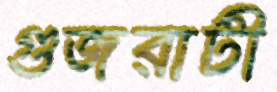
গুজরাটী